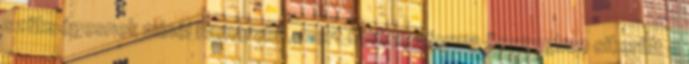
szükségesnek minél hamarabb, mert nem egyforma összegben sikerült a